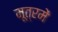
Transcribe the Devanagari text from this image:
मूत्रमें